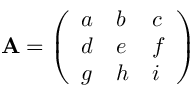
\mathbf { A } = { \left( \begin{array} { l l l } { a } & { b } & { c } \\ { d } & { e } & { f } \\ { g } & { h } & { i } \end{array} \right) }